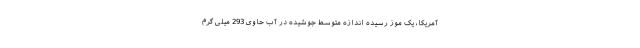
آمریکا، یک موز رسیده اندازه متوسط جوشیده در آب حاوی 293 میلی گرم